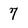
Character: 7